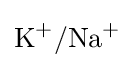
{\mathrm {K} {\vphantom {A}}^{+}/\mathrm {Na} {\vphantom {A}}^{+}}